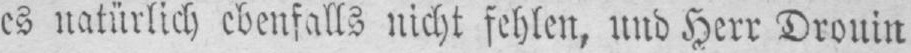
es natürlich ebenfalls nicht fehlen, und Herr Drouin